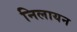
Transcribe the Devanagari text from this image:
निलायन